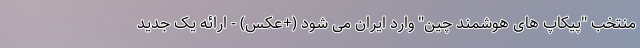
منتخب "پیکاپ های هوشمند چین" وارد ایران می شود (+عکس) - ارائه یک جدید